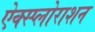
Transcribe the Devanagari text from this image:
ऐक्स्प्लोराशन